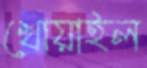
খোয়াইল